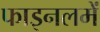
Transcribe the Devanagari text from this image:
फाइनलमें